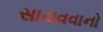
સાચવવાનો